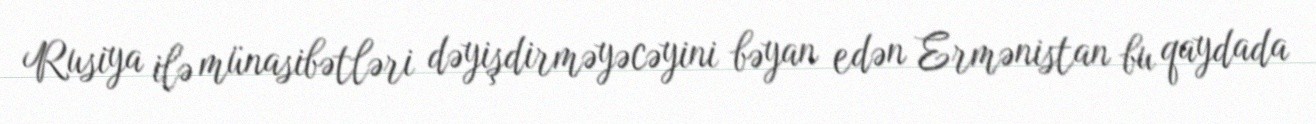
Rusiya ilə münasibətləri dəyişdirməyəcəyini bəyan edən Ermənistan bu qaydada